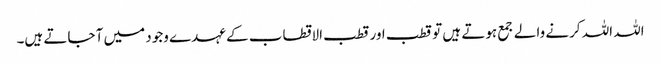
اللہ اللہ کرنے والے جمع ہوتے ہیں تو قطب اور قطب الاقطاب کے عہدے وجود میں آ جاتے ہیں۔